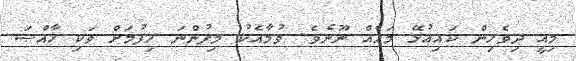
މިއީ ދިވެހިން ކައިއުޅޭ މަހެއް ނޫނެވެ. ވުމާއެކު މިފުންނަ ހިފުމަށް ވަކި ޚާއްޞަ